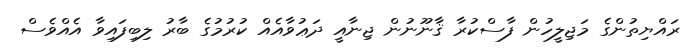
ރައްޔިތުންގެ މަޖިލީހުން ފާސްކުރާ ޤާނޫނުން ޖިނާއީ ދަޢުވާއެއް ކުރުމުގެ ބާރު ލިބިފައިވާ އެއްވެސް